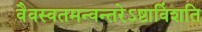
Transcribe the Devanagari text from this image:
वैवस्वतमन्वन्तरेऽष्टाविंशति